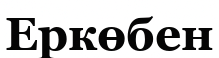
Еркөбен